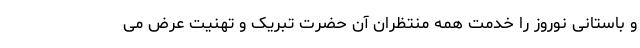
و باستانی نوروز را خدمت همه منتظران آن حضرت تبریک و تهنیت عرض می